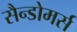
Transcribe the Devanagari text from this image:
सैन्डोमर्स